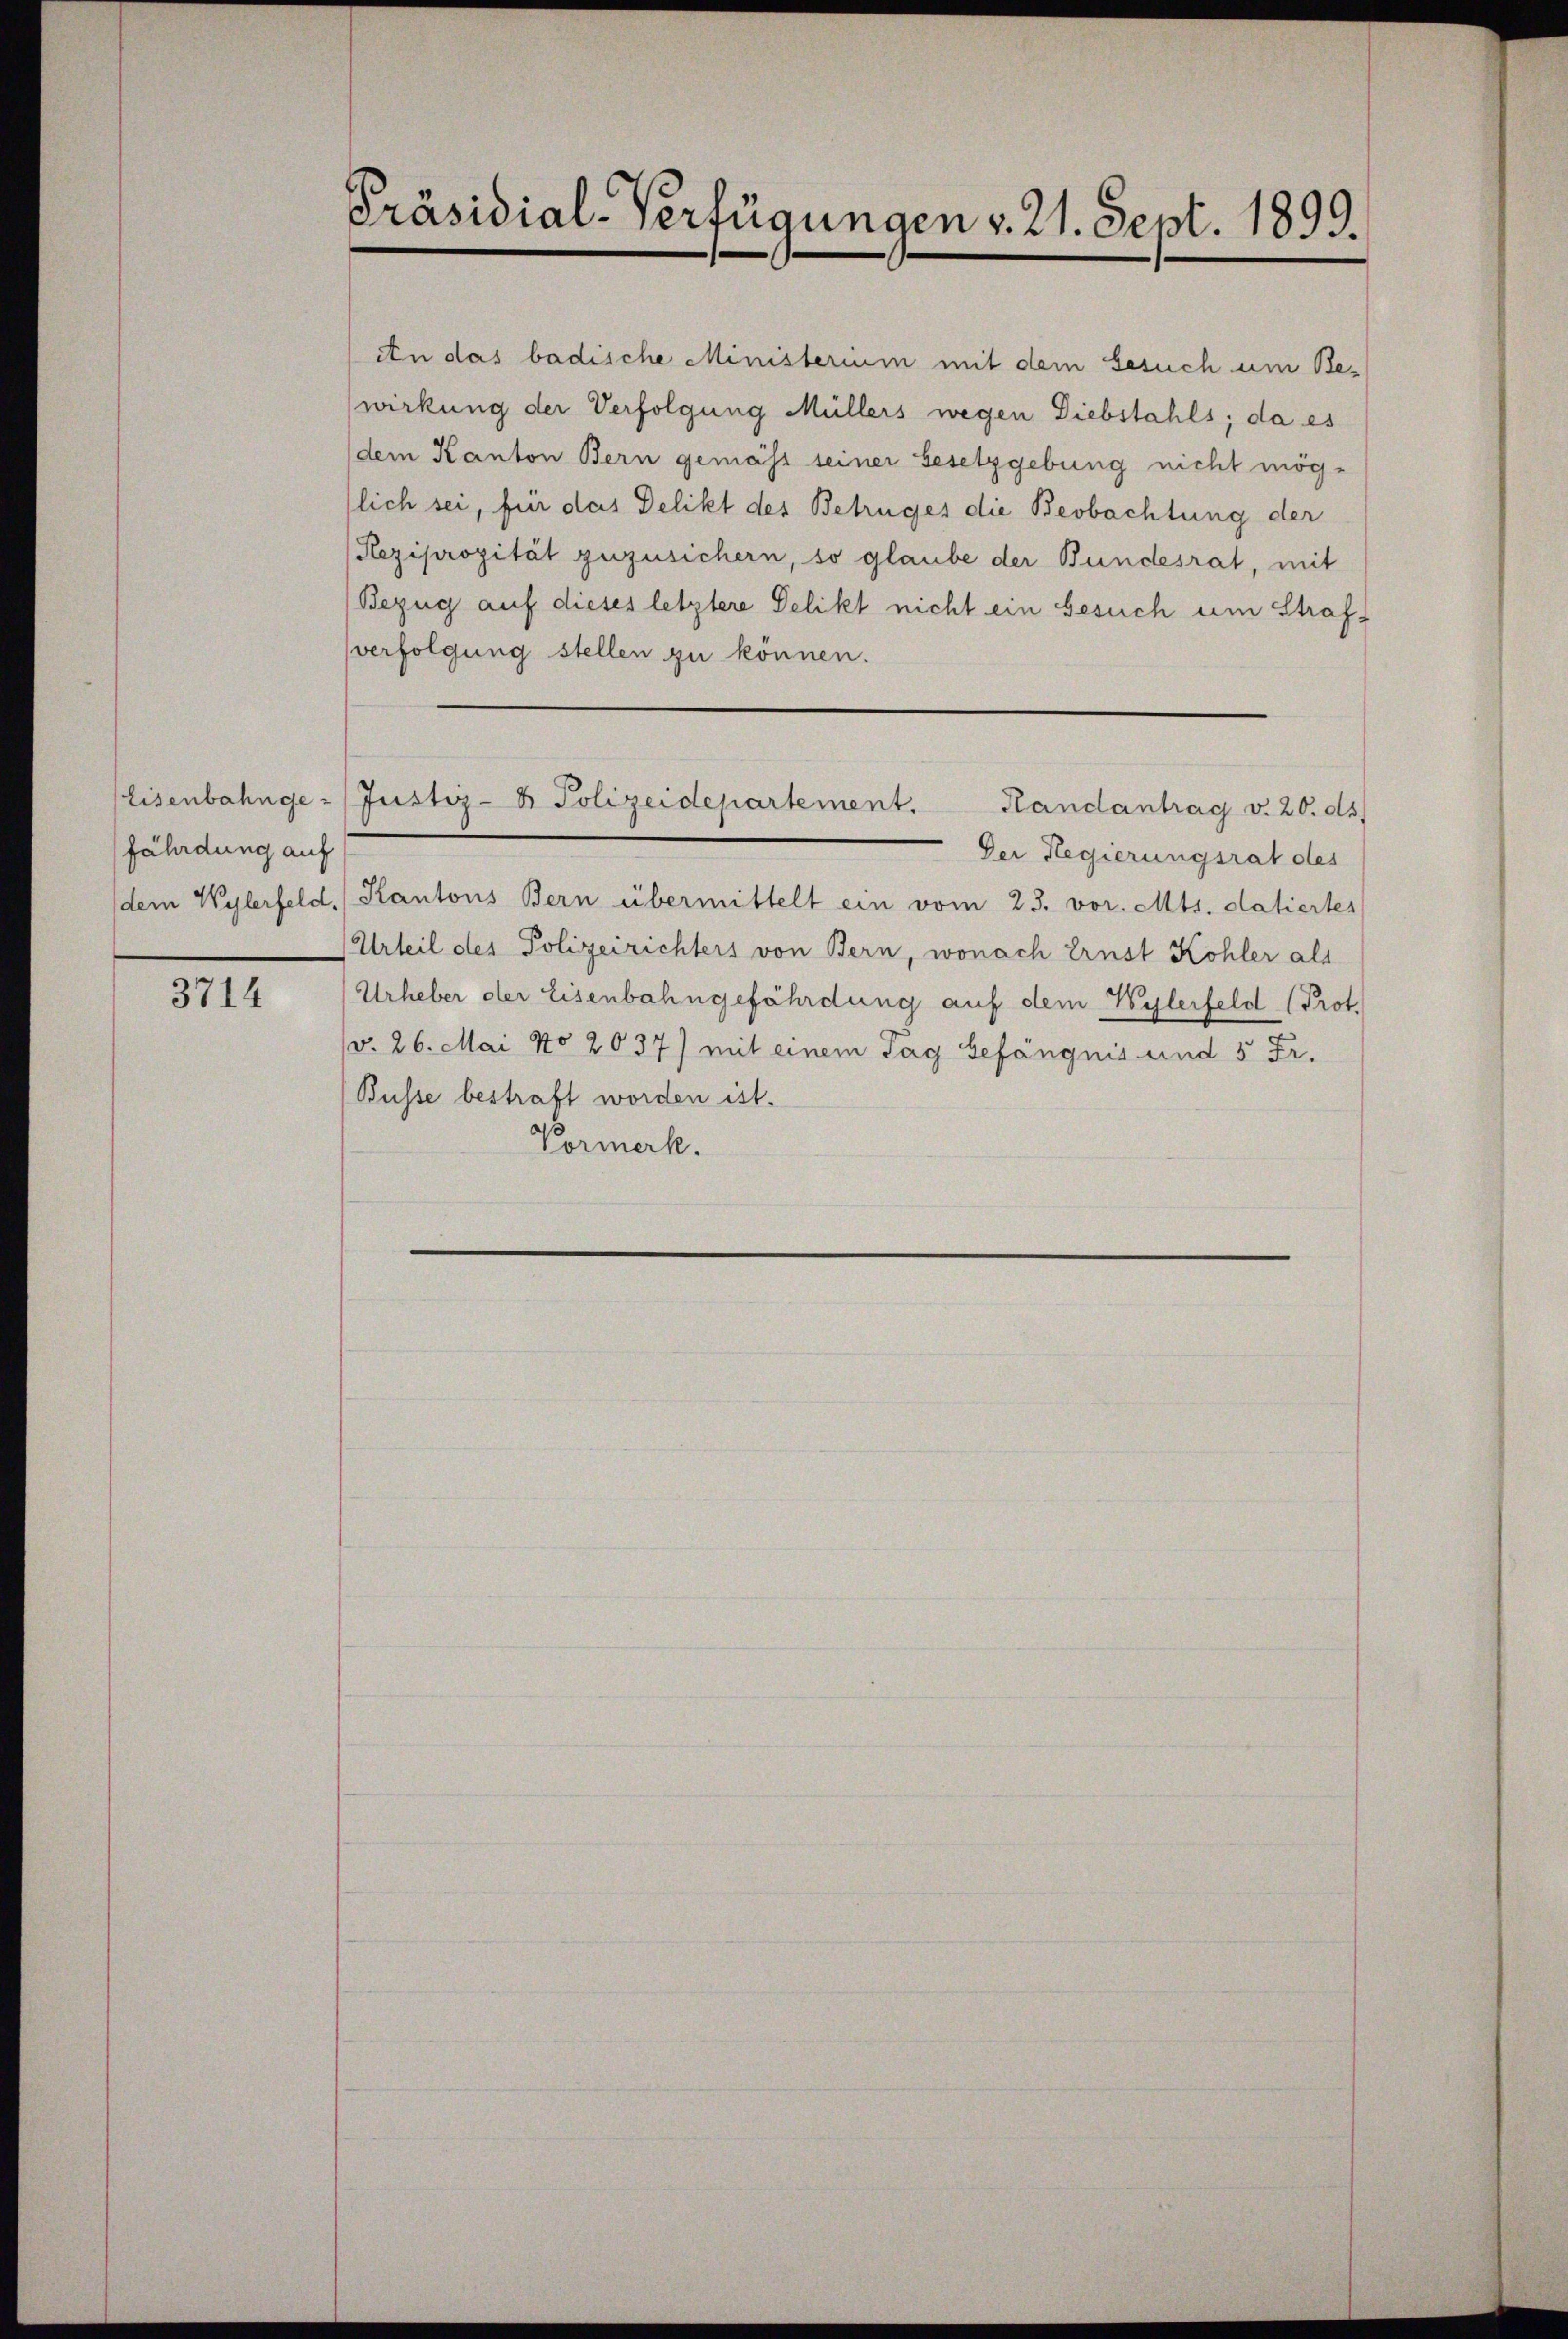
Eisenbahngefährdung auf
dem Wylerfeld,

3714

Präsidial-Verfügungen v. 21. Sept. 1899.

An das badische Ministerium mit dem Besuch um Bewirkung der Verfolgung Müllers wegen Diebstahls; da es
dem Kanton Bern gemäss seiner besetzgebung nicht mög-
slich sei, für das Delikt des Betruges die Beobachtung der
Reziprozität zuzusichern, so glaube der Bundesrat, mit
Bezug auf dieses letztere Delikt nicht ein besuch um Strafverfolgung stellen zu können.
Justiz- & Polizeidepartement. Handantrag v. 20. ds.
Der Regierungsrat des
Kantons Bern übermittelt ein vom 23. vor. Mts. datiertes
Urteil des Polizeirichters von Bern, wonach Ernst Kohler als
Urheber der Eisenbahngefährdung auf dem Wylerfeld (Prot.
d. 26. Mai No 2037) mit einem Tag befängnis und 5 Fr.
Busse bestraft worden ist.
Vormerk.